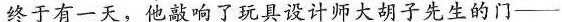
终于有一天，他敲响了玩具设计师大胡子先生的门—